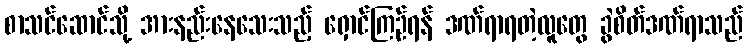
စာသင်ဆောင်သို့ အားနည်းနေသေးသည့် ရှောင်ကြဉ်ရန် ဒဏ်ရာရတဲ့လူတွေ ခွဲစိတ်ဒဏ်ရာသည်